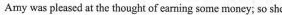
Amy was pleased at the thought of earning some money; so she